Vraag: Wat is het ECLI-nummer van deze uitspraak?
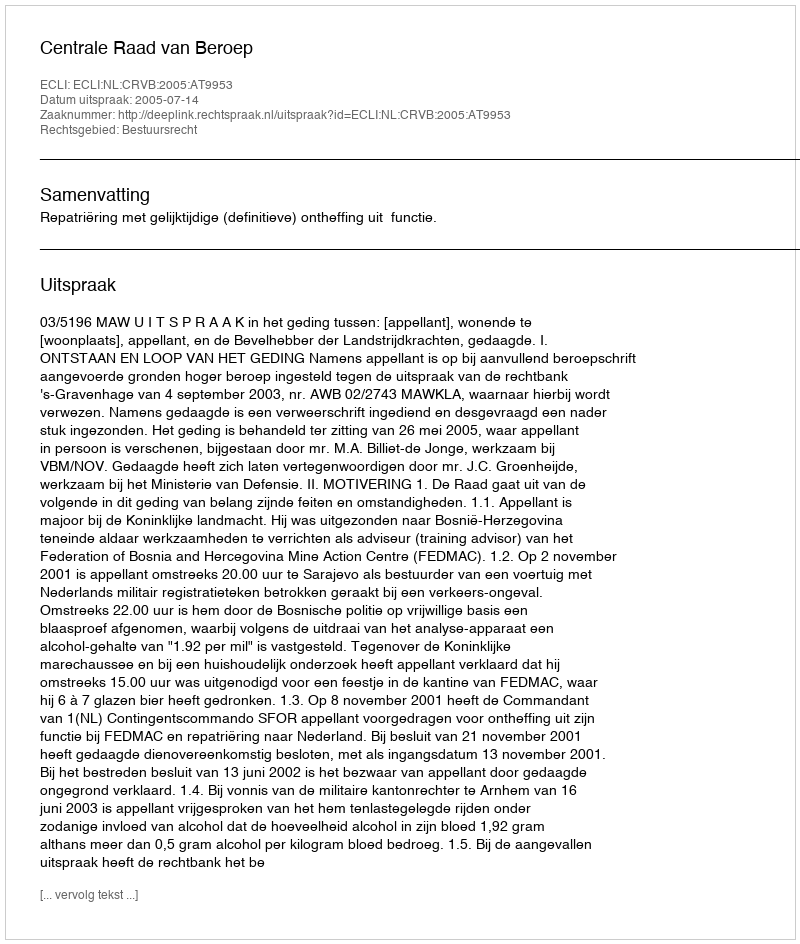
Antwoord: ECLI:NL:CRVB:2005:AT9953